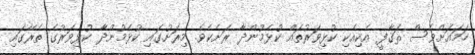
ހަމައަށްވެސް ޘަޤާފީ އެކިއެކި ކުޅިވަރުތައް ކުޅެމުންދާ ރަށެކެވެ. މިރަށުގައި ކުޅެމުންދާ ކުޅިވަރުގެ ތެރޭގައި